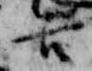
吉